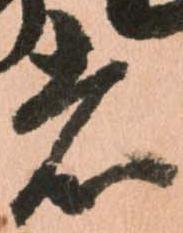
者